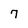
Character: 7